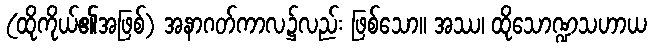
(ထိုကိုယ်၏အဖြစ်) အနာဂတ်ကာလ၌လည်း ဖြစ်သော။ အဿ၊ ထိုသောဏ္ဍသဟာယ